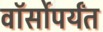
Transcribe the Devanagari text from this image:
वॉर्सोपर्यंत